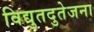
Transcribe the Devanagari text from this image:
विद्युतदुतेजना